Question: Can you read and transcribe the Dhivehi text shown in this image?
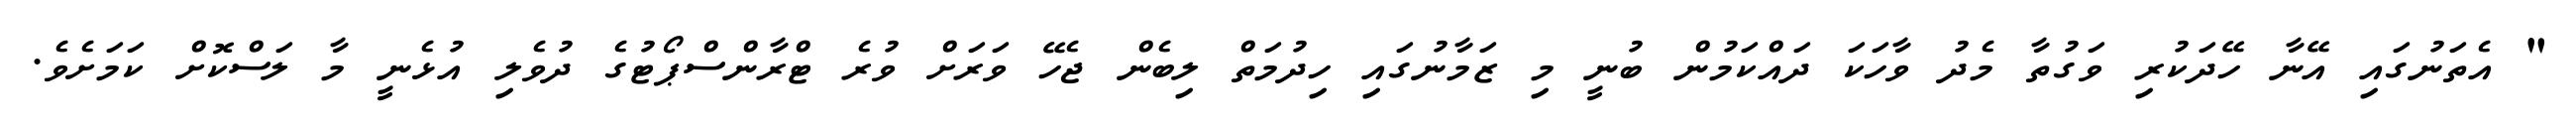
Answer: " އެތަނުގައި އޭނާ ހޭދަކުރި ވަގުތާ މެދު ވާހަކަ ދައްކަމުން ބުނީ މި ޒަމާނުގައި ހިދުމަތް ލިބެން ޖެހޭ ވަރަށް ވުރެ ޓްރާންސްޕޯޓުގެ ދުވެލި އުޅެނީ މާ ލަސްކޮށް ކަމަށެވެ.